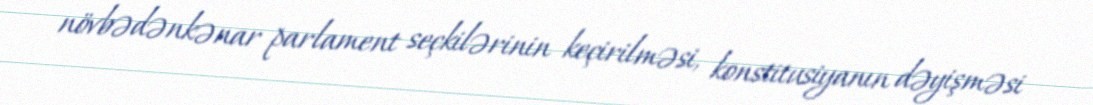
növbədənkənar parlament seçkilərinin keçirilməsi, konstitusiyanın dəyişməsi